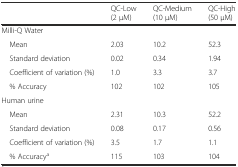
<table><thead><tr><td></td><td><b>QC-Low (2 μM)</b></td><td><b>QC-Medium (10 μM)</b></td><td><b>QC-High (50 μM)</b></td></tr></thead><tbody><tr><td>Milli-Q Water</td><td></td><td></td><td></td></tr><tr><td> Mean</td><td>2.03</td><td>10.2</td><td>52.3</td></tr><tr><td> Standard deviation</td><td>0.02</td><td>0.34</td><td>1.94</td></tr><tr><td> Coefficient of variation (%)</td><td>1.0</td><td>3.3</td><td>3.7</td></tr><tr><td> % Accuracy</td><td>102</td><td>102</td><td>105</td></tr><tr><td>Human urine</td><td></td><td></td><td></td></tr><tr><td> Mean</td><td>2.31</td><td>10.3</td><td>52.2</td></tr><tr><td> Standard deviation</td><td>0.08</td><td>0.17</td><td>0.56</td></tr><tr><td> Coefficient of variation (%)</td><td>3.5</td><td>1.7</td><td>1.1</td></tr><tr><td> % Accuracy<sup>a</sup></td><td>115</td><td>103</td><td>104</td></tr></tbody></table>